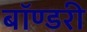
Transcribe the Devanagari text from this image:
बॉण्डरी